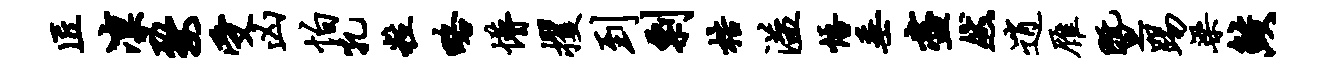
匠凛婺受凶怕孔粒略懵攫到剽梏溢悟垂尽然逍雁暨踢梁鲛